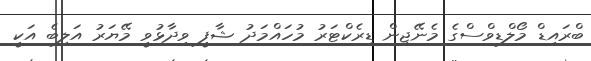
ބްރައިޑް މޯލްޑިވްސްގެ މެނޭޖިން ޑިރެކްޓަރު މުހައްމަދު ޝާފީ ވިދާޅުވީ މޭޔަރު އަލިބެ އަކީ